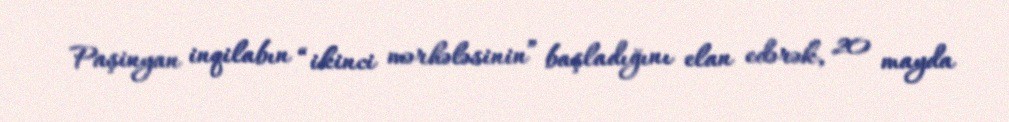
Paşinyan inqilabın “ikinci mərhələsinin” başladığını elan edərək, 20 mayda